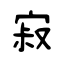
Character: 寂